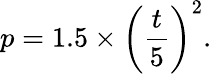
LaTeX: p=1.5\times\left(\frac{t}{5}\right)^{2}.